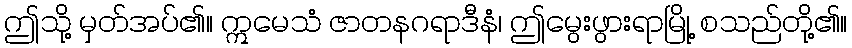
ဤသို့ မှတ်အပ်၏။ ဣမေသံ ဇာတနဂရာဒီနံ၊ ဤမွေးဖွားရာမြို့ စသည်တို့၏။